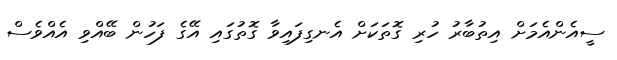
ސީއެންއެމަށް އިތުބާރު ހުރި ގޮތަކަށް އެނގިފައިވާ ގޮތުގައި އޭގެ ފަހުން ބޭއްވި އެއްވެސް